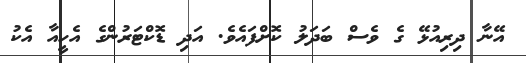
އޭނާ ދިރިއުޅޭ ގެ ވެސް ބަދަލު ކޮށްފައެވެ. އަދި ޑޮކްޓަރުންގެ އެހީއާ އެކު